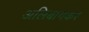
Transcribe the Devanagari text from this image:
अलिबागकर